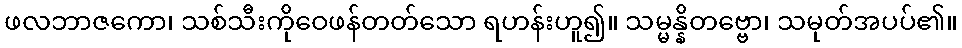
ဖလဘာဇကော၊ သစ်သီးကိုဝေဖန်တတ်သော ရဟန်းဟူ၍။ သမ္မန္နိတဗ္ဗော၊ သမုတ်အပပ်၏။